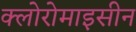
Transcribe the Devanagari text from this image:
क्लोरोमाइसीन